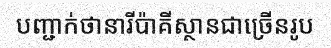
បញ្ជាក់ថានារីប៉ាគីស្ថានជាច្រើនរូប